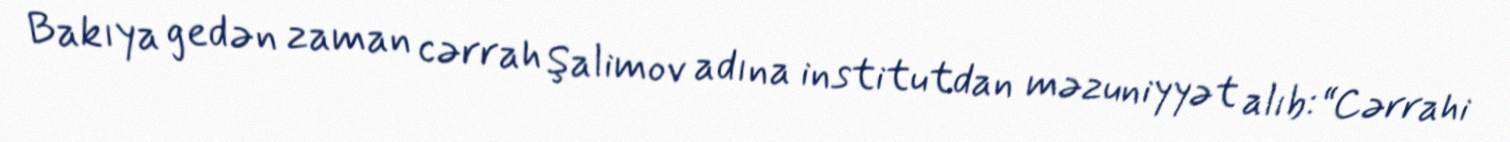
Bakıya gedən zaman cərrah Şalimov adına institutdan məzuniyyət alıb: “Cərrahi